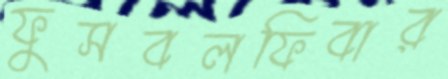
ফুসবলফিবার